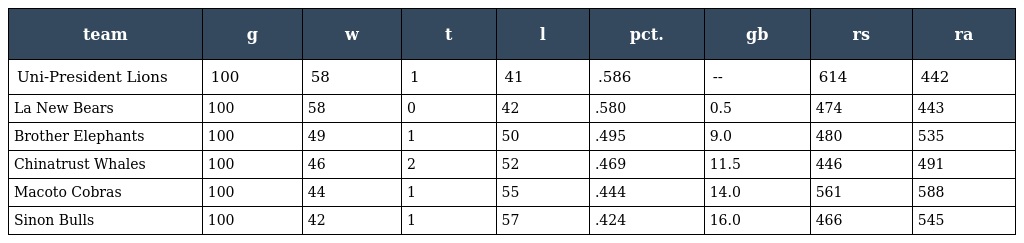
| team | g | w | t | l | pct. | gb | rs | ra |
 | --- | --- | --- | --- | --- | --- | --- | --- | --- |
 | Uni-President Lions | 100 | 58 | 1 | 41 | .586 | -- | 614 | 442 |
 | La New Bears | 100 | 58 | 0 | 42 | .580 | 0.5 | 474 | 443 |
 | Brother Elephants | 100 | 49 | 1 | 50 | .495 | 9.0 | 480 | 535 |
 | Chinatrust Whales | 100 | 46 | 2 | 52 | .469 | 11.5 | 446 | 491 |
 | Macoto Cobras | 100 | 44 | 1 | 55 | .444 | 14.0 | 561 | 588 |
 | Sinon Bulls | 100 | 42 | 1 | 57 | .424 | 16.0 | 466 | 545 |